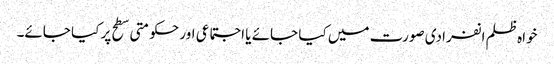
خواہ ظلم انفرادی صورت میں کیا جائے یا اجتماعی اور حکومتی سطح پر کیا جائے۔